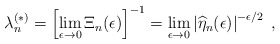
\begin{align*}\lambda^{(\ast)}_{n} = \left[\lim_{\epsilon\rightarrow 0}\Xi_{n}(\epsilon)\right]^{-1}= \lim_{\epsilon\rightarrow0} \left| \widehat{\eta}_{n}(\epsilon)\right|^{-\epsilon/2}\; ,\end{align*}